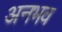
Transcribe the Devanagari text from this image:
अनभव